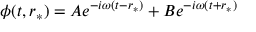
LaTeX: \phi ( t , r _ { * } ) = A e ^ { - i \omega ( t - r _ { * } ) } + B e ^ { - i \omega ( t + r _ { * } ) }